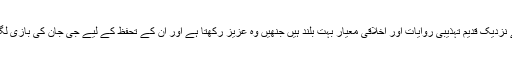
اُس کے نزدیک قدیم تہذیبی روایات اور اخلاقی معیار بہت بلند ہیں جنھیں وہ عزیز رکھتا ہے اور اُن کے تحفظ کے لیے جی جان کی بازی لگاتا ہے۔